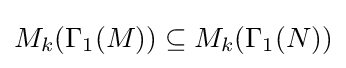
M_{k}(\Gamma _{1}(M))\subseteq M_{k}(\Gamma _{1}(N))